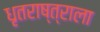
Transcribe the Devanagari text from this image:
धृतराष्त्राला